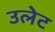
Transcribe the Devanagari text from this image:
उलेट